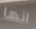
انها